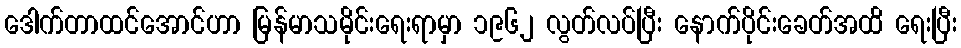
ဒေါက်တာထင်အောင်ဟာ မြန်မာသမိုင်းရေးရာမှာ ၁၉၆၂ လွတ်လပ်ပြီး နောက်ပိုင်းခေတ်အထိ ရေးပြီး